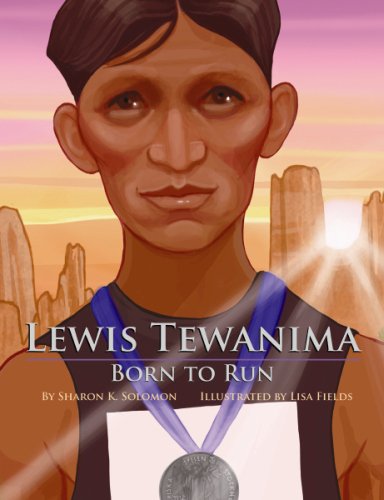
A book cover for Lewis Tewanima: Born to Run; Sharon Solomon; Children's Books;